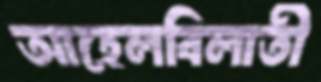
আহেলবিলাতী